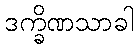
ဒက္ခိဏသာခါ